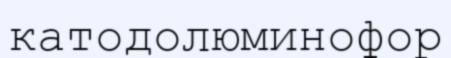
катодолюминофор